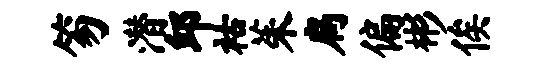
笏潜邱祜茱扃偏彬俟